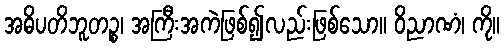
အဓိပတိဘူတဉ္စ၊ အကြီးအကဲဖြစ်၍လည်းဖြစ်သော။ ဝိညာဏံ၊ ကို။